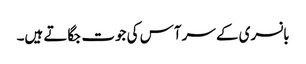
بانسری کے سر آس کی جوت جگاتے ہیں۔